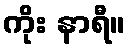
ကိုး နာရီ။